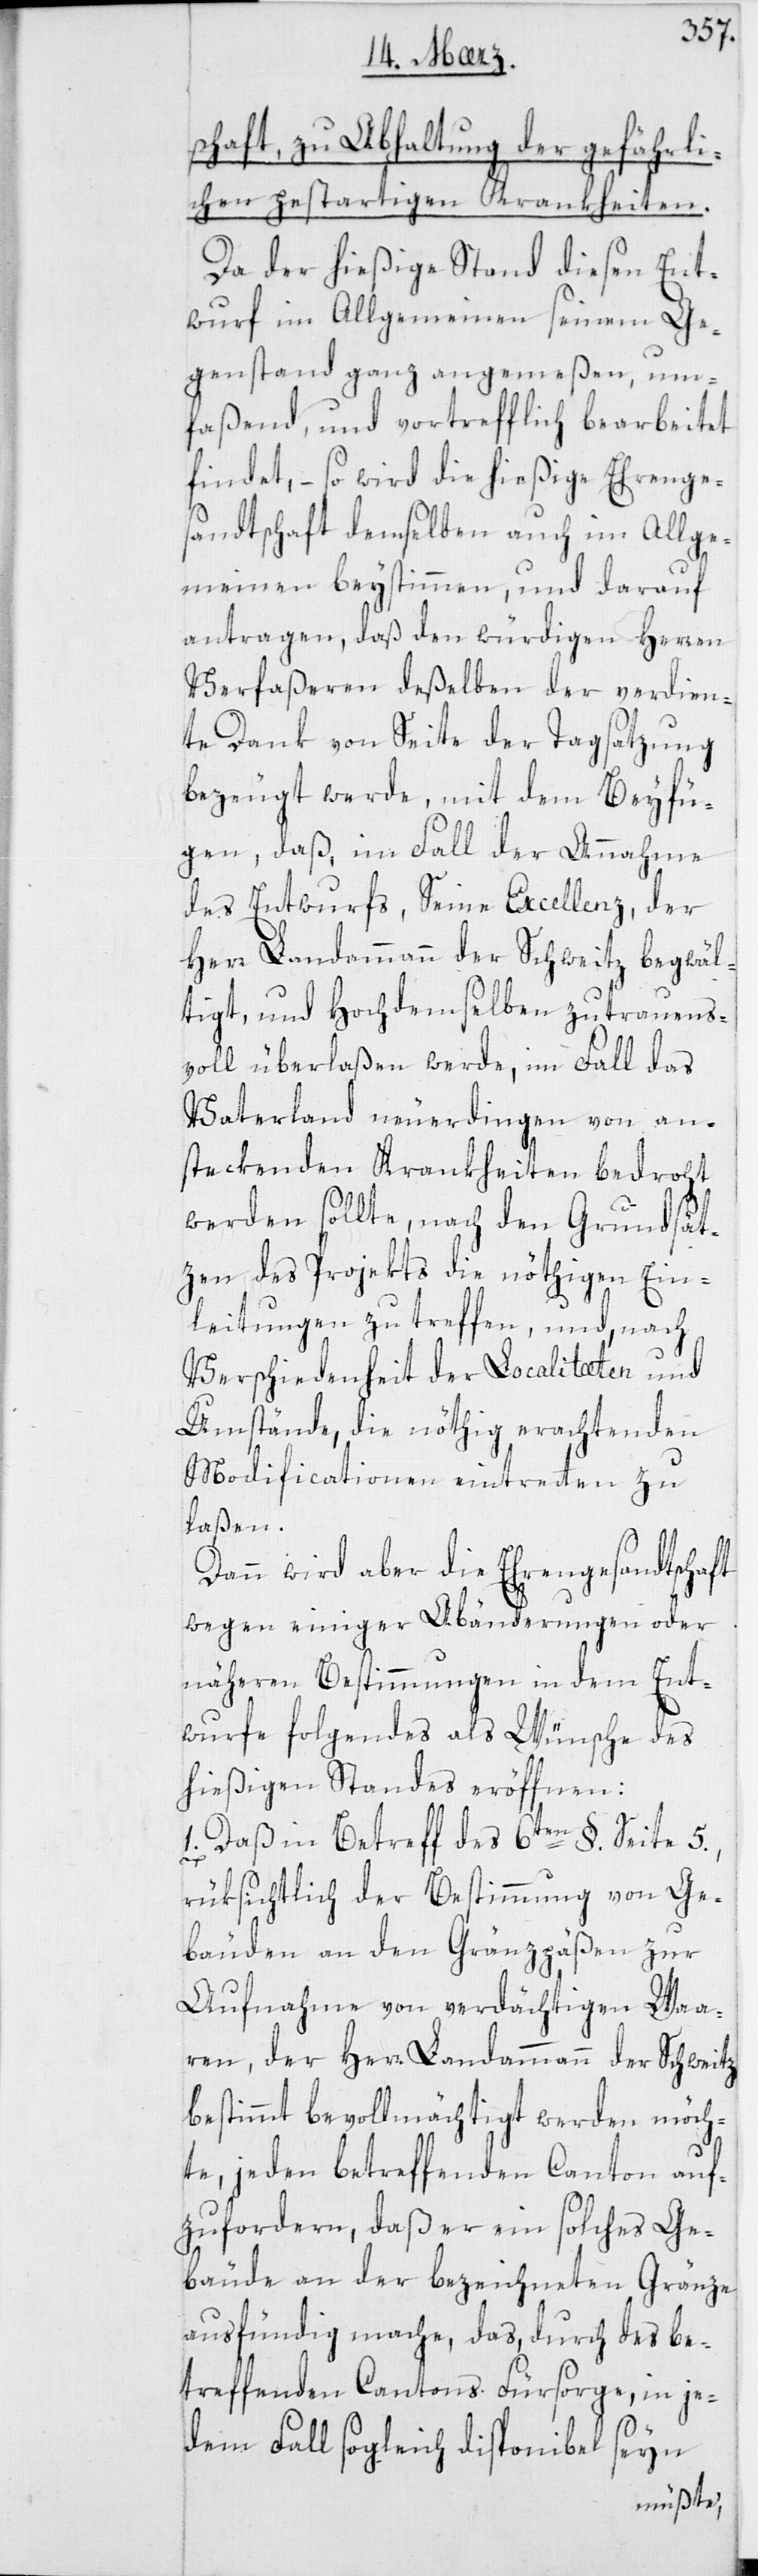
schaft, zu Abhaltung der gefährli¬
chen pestartigen Krankheiten.
Da der hießige Stand diesen Ent¬
wurf im Allgemeinen seinem Ge¬
genstand ganz angemeßen, um¬
faßend und vortrefflich bearbeitet
findet, – so wird die hießige Ehrenge¬
sandtschaft demselben auch im Allge¬
meinen beystimmen, und darauf
antragen, daß den würdigen Herren
Verfaßeren deßelben der verdien¬
te Dank von seite der Tagsatzung
bezeugt werde, mit dem Beyfü¬
gen, daß, im Fall der Annahme
des Entwurfs, Seine Excellenz der
Herr Landammann der Schweitz begwäl¬
tigt, und Hochdemselben zutrauens¬
voll überlaßen werde, im Fall das
Vaterland neuerdingen von an¬
steckenden Krankheiten bedroht
werden sollte, nach den Grundsät¬
zen des Projekts die nöthigen Ein¬
leitungen zu treffen, und, nach
Verschiedenheit der Localitäten und
Umstände, die nöthig erachtenden
Modificationen eintreten zu
laßen.
Dann wird aber die Ehrengesandtschaft
wegen einiger Abänderungen oder
näheren Bestimmungen in dem Ent¬
wurfe Folgendes als Wünsche des
hießigen Standes eröffnen:
1. daß in Betreff des 6ten §. Seite 5.,
rüksichtlich der Bestimmung von Ge¬
bäuden an den Grenzpäßen zur
Aufnahme von verdächtigen Waa¬
ren, der Herr Landammann der Schweitz
bestimmt bevollmächtigt werden möch¬
te, jeden betreffenden Canton auf¬
zuforderen, daß er ein solches Ge¬
bäude an der bezeichneten Gränze
ausfündig mache, das durch des be¬
treffenden Cantons Fürsorge, in je¬
dem Fall sogleich disponibel seyn